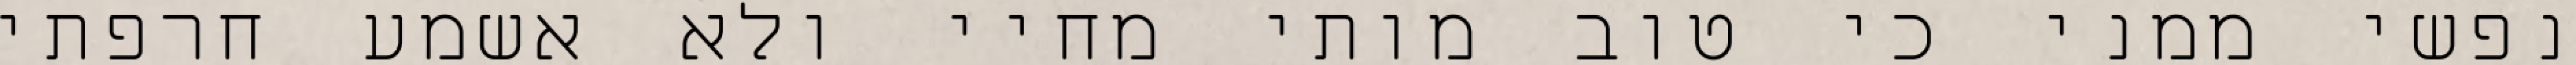
נפשי ממני כי טוב מותי מחיי ולא אשמע חרפתי